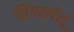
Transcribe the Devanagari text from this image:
सिंगरावेलू